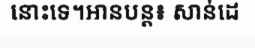
នោះទេ។អានបន្ត៖ សាន់ដេ